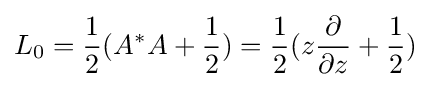
L_{0}={1 \over 2}(A^{*}A+{1 \over 2})={1 \over 2}(z{\partial  \over \partial z}+{1 \over 2})